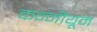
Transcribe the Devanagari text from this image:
कन्नीयूम